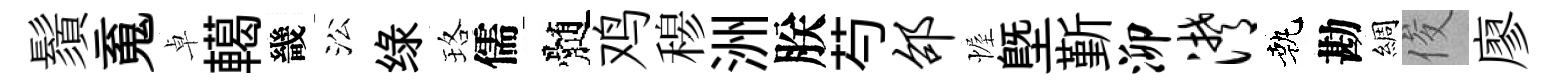
鬚䰟卓轕畿㳂绿珞儒髄鸡𥠇洲朕芍邵幄塈斳泖潸執勘綢俊廖